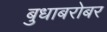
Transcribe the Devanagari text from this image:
बुधाबरोबर